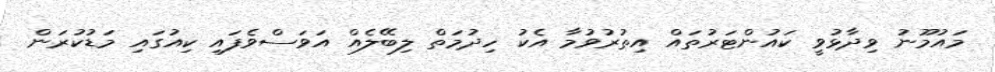
މައުމޫނު ވިދާޅުވީ ކައުންޓަރުތައް އިތުރުވުމާ އެކު ހިދުމަތް ލިބޭލެއް އަވަސްވެފައި ކިއުގައި މަޑުކުރަން